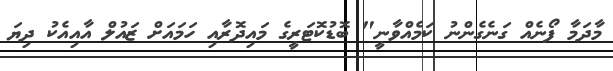
މާދަމާ ފޯނެއް ގަނެގެންނު ކަމެއްވާނީ" ބޮޑުކޮޓަރީގެ މައިދޮރާއި ހަމައަށް ޒައުލް އާއިއެކު ދިޔަ